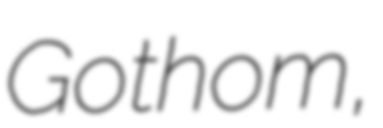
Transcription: Gothom,